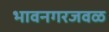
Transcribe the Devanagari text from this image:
भावनगरजवळ